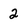
Character: 2